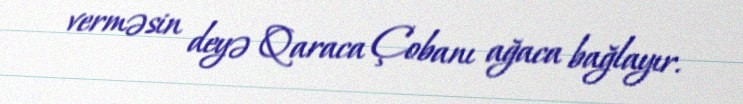
verməsin deyə Qaraca Çobanı ağaca bağlayır.